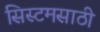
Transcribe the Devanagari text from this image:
सिस्टमसाठी